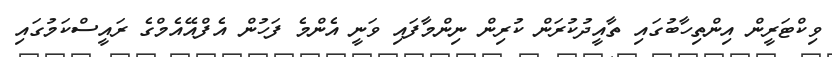
ވިކްޓަރީން އިންތިހާބުގައި ތާއީދުކުރަން ކުރިން ނިންމާފައި ވަނީ އެންމެ ފަހުން އެެފްއޭއެމްގެ ރައީސްކަމުގައި